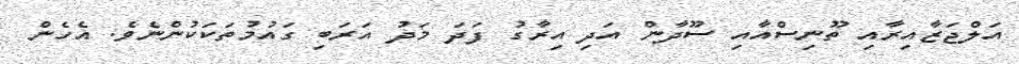
އަލްޖަޒާއިރާއި ތޫނިސްއާއި ސޫދާން އަދި އިރާގު ފަދަ މަދު އަރަބި ގައުމުތަކަކުންނެވެ. އެހެން